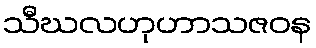
သီဃလဟုဟာသဇဝန